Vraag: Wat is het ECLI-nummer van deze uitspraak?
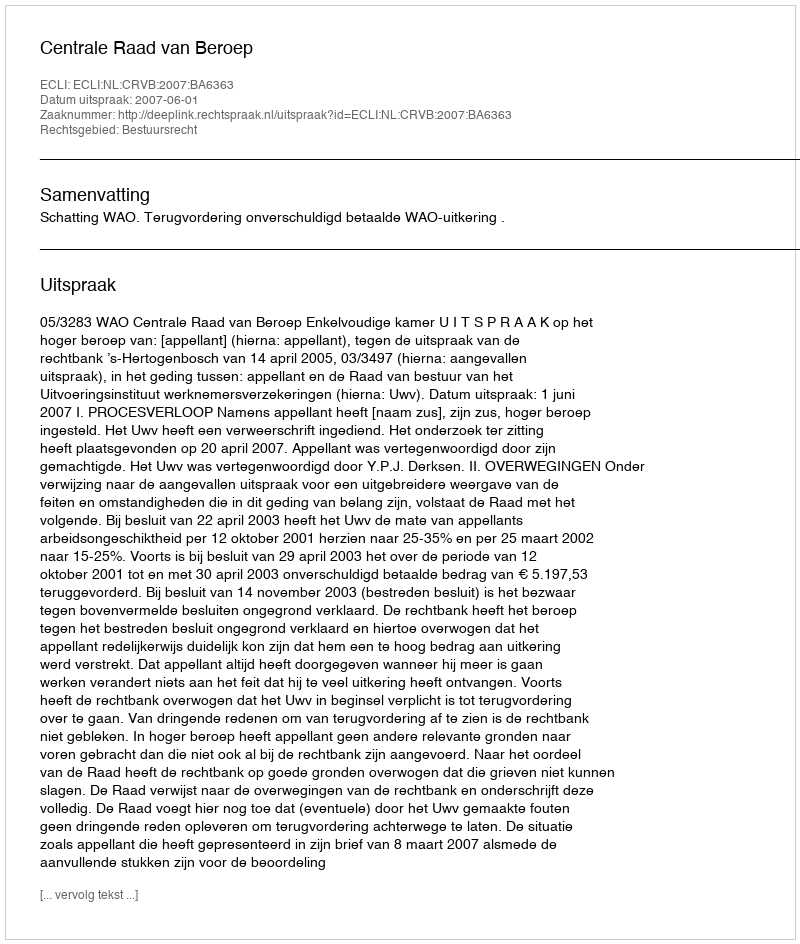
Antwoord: ECLI:NL:CRVB:2007:BA6363